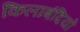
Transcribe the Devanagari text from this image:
किलाबंदियों